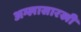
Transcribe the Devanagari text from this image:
अम्लासारखी